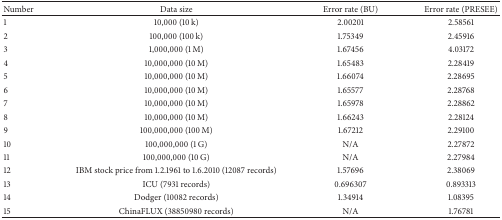
| Number | Data size | Error rate (BU) | Error rate (PRESEE) |
 | --- | --- | --- | --- |
 | 1 | 10,000 (10 k) | 2.00201 | 2.58561 |
 | 2 | 100,000 (100 k) | 1.75349 | 2.45916 |
 | 3 | 1,000,000 (1 M) | 1.67456 | 4.03172 |
 | 4 | 10,000,000 (10 M) | 1.65483 | 2.28419 |
 | 5 | 10,000,000 (10 M) | 1.66074 | 2.28695 |
 | 6 | 10,000,000 (10 M) | 1.65577 | 2.28768 |
 | 7 | 10,000,000 (10 M) | 1.65978 | 2.28862 |
 | 8 | 10,000,000 (10 M) | 1.66243 | 2.28124 |
 | 9 | 100,000,000 (100 M) | 1.67212 | 2.29100 |
 | 10 | 100,000,000 (1 G) | N/A | 2.27872 |
 | 11 | 100,000,000 (10 G) | N/A | 2.27984 |
 | 12 | IBM stock price from 1.2.1961 to 1.6.2010 (12087 records) | 1.57696 | 2.38069 |
 | 13 | ICU (7931 records) | 0.696307 | 0.893313 |
 | 14 | Dodger (10082 records) | 1.34914 | 1.08395 |
 | 15 | ChinaFLUX (38850980 records) | N/A | 1.76781 |